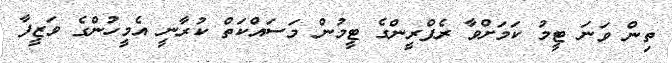
ތިން ވަނަ ޓީމު ކަމަށްވާ ރެފްރީންގެ ޓީމުން މަސައްކަތް ކުރާނީ އެމީހުންގެ ވަޒީފާ